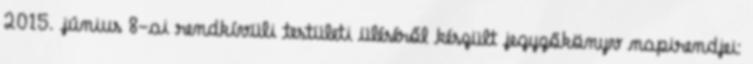
2015. június 8-ai rendkívüli testületi üléséről készült jegyzőkönyv napirendjei: